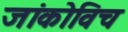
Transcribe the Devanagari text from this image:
जांकोविच